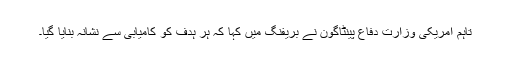
تاہم امریکی وزارت دفاع پینٹاگون نے بریفنگ میں کہا کہ ہر ہدف کو کامیابی سے نشانہ بنایا گیا۔